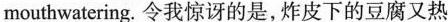
mouthwatering.令我惊讶的是，炸皮下的豆腐又热